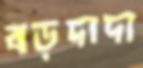
বড়দাদা